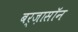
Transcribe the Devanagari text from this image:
बर्ज़ासॉन